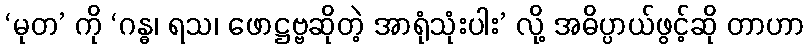
‘မုတ’ ကို ‘ဂန္ဓ၊ ရသ၊ ဖောဋ္ဌဗ္ဗဆိုတဲ့ အာရုံသုံးပါး’ လို့ အဓိပ္ပာယ်ဖွင့်ဆို တာဟာ